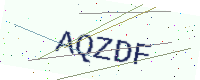
Text: AQZDF